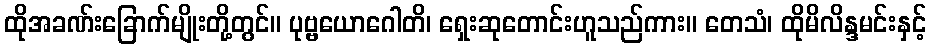
ထိုအခဏ်းခြောက်မျိုးတို့တွင်။ ပုဗ္ဗယောဂေါတိ၊ ရှေးဆုတောင်းဟူသည်ကား။ တေသံ၊ ထိုမိလိန္ဒမင်းနှင့်